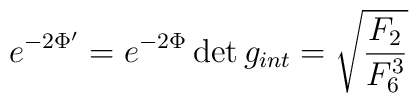
e^{-2\Phi^\prime} = {e^{-2\Phi} \det g_{int}} = \sqrt{{F_2 \over F_6^3}}